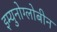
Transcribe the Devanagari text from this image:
इम्युनोग्लोबीन